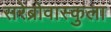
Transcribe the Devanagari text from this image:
सरेब्रोवास्कुला